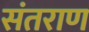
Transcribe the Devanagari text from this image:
संतराण